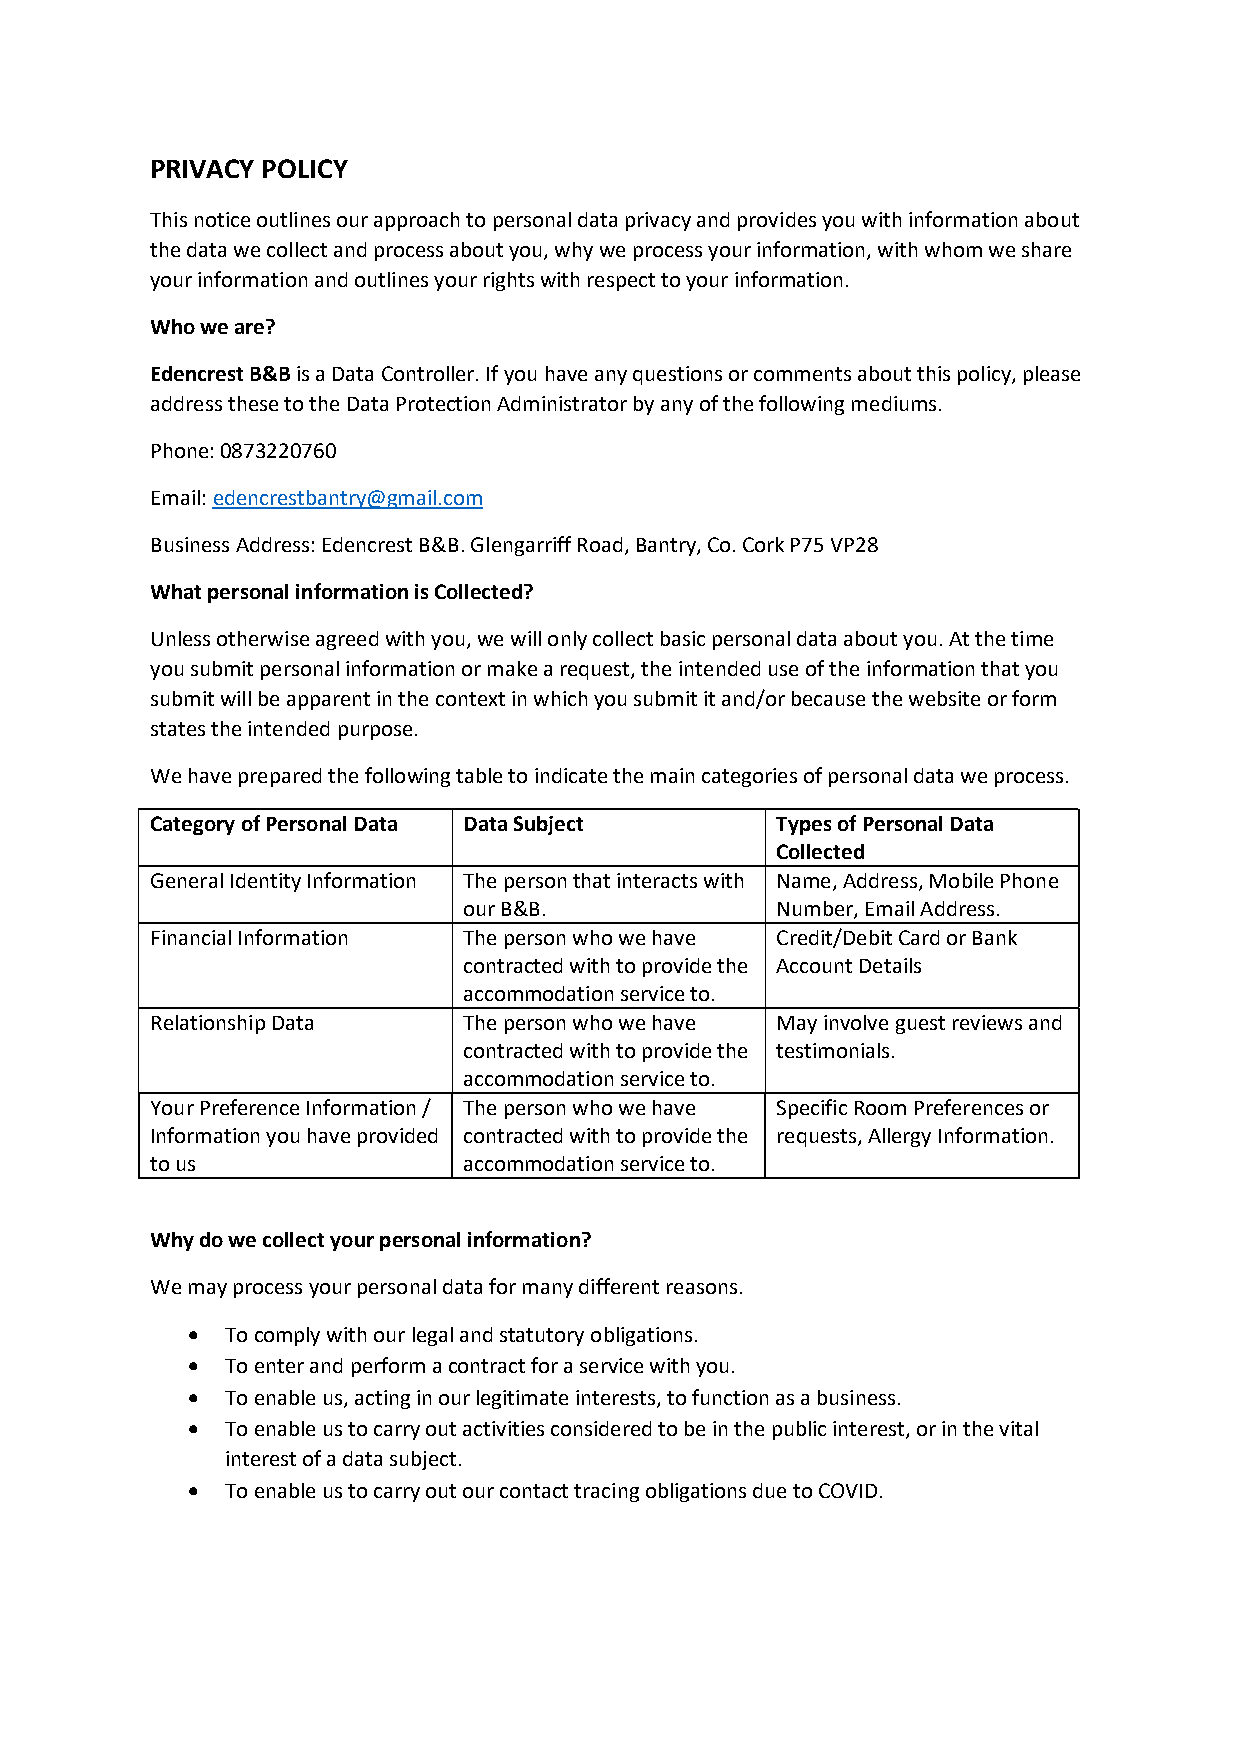
PRIVACY POLICY
 This notice outlines our approach to personal data privacy and provides you with information about
 the data we collect and process about you, why we process your information, with whom we share
 your information and outlines your rights with respect to your information.
 Who we are?
 Edencrest B&B is a Data Controller. If you have any questions or comments about this policy, please
 address these to the Data Protection Administrator by any of the following mediums.
 Phone: 0873220760
 Email: edencrestbantry@gmail.com
 Business Address: Edencrest B&B. Glengarriff Road, Bantry, Co. Cork P75 VP28
 What personal information is Collected?
 Unless otherwise agreed with you, we will only collect basic personal data about you. At the time
 you submit personal information or make a request, the intended use of the information that you
 submit will be apparent in the context in which you submit it and/or because the website or form
 states the intended purpose.
 We have prepared the following table to indicate the main categories of personal data we process.
 Category of Personal Data Data Subject   Types of Personal Data
 Collected
 General Identity Information The person that interacts with Name, Address, Mobile Phone
 our B&B.            Number, Email Address.
 Financial Information The person who we have Credit/Debit Card or Bank
 contracted with to provide the Account Details
 accommodation service to.
 Relationship Data    The person who we have May involve guest reviews and
 contracted with to provide the testimonials.
 accommodation service to.
 Your Preference Information / The person who we have Specific Room Preferences or
 Information you have provided contracted with to provide the requests, Allergy Information.
 to us                accommodation service to.
 Why do we collect your personal information?
 We may process your personal data for many different reasons.
   To comply with our legal and statutory obligations.
   To enter and perform a contract for a service with you.
   To enable us, acting in our legitimate interests, to function as a business.
   To enable us to carry out activities considered to be in the public interest, or in the vital
 interest of a data subject.
   To enable us to carry out our contact tracing obligations due to COVID.